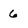
Character: 6